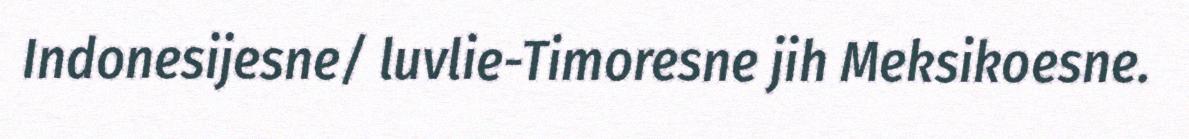
Indonesijesne/ luvlie-Timoresne jih Meksikoesne.